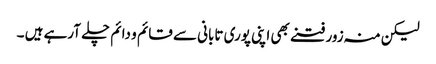
لیکن منہ زور فتنے بھی اپنی پوری تابانی سے قائم و دائم چلے آرہے ہیں ۔